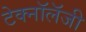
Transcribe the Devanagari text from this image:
टेक्नॉलॅजी